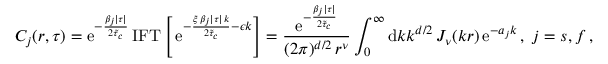
C _ { j } ( r , \tau ) = \mathrm { e } ^ { - \frac { \beta _ { j } \lvert \tau \rvert } { 2 \tilde { \tau } _ { c } } } \, { \mathrm { I F T } } \left[ \, \mathrm { e } ^ { - \frac { \xi \, \beta _ { j } \lvert \tau \rvert \, k } { 2 \tilde { \tau } _ { c } } - \epsilon k } \right] = \frac { \mathrm { e } ^ { - \frac { \beta _ { j } \lvert \tau \rvert } { 2 \tilde { \tau } _ { c } } } } { ( 2 \pi ) ^ { d / 2 } \, r ^ { \nu } } \int _ { 0 } ^ { \infty } { \mathrm { d } } k k ^ { d / 2 } \, J _ { \nu } ( k r ) \, \mathrm { e } ^ { - a _ { j } k } \, , \; j = s , f \, ,